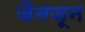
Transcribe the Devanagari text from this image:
जैनजून